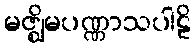
မဇ္ဈိမပဏ္ဏာသပါဠိ